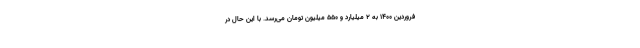
فروردین ۱۴۰۰ به ۲ میلیارد و ۵۵۰ میلیون تومان می‌رسد. با این حال در